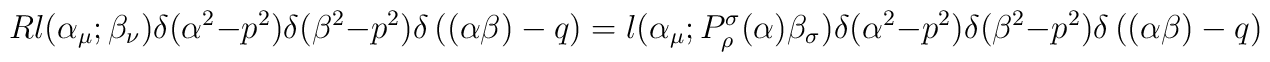
R l(\alpha_\mu;\beta_\nu)\delta(\alpha^2-p^2) \delta(\beta^2-p^2)\delta\left( (\alpha\beta)-q\right) =l(\alpha_\mu; P_\rho^\sigma(\alpha)\beta_\sigma)\delta(\alpha^2-p^2) \delta(\beta^2-p^2)\delta\left( (\alpha\beta)-q\right)